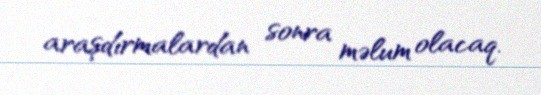
araşdırmalardan sonra məlum olacaq.